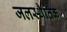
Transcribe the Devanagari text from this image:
जलस्थैतिक